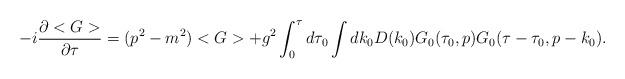
LaTeX: \begin{align*}-i \frac{\partial <G>}{\partial \tau} = (p^2 -m^2) <G> + g^2 \int_0^\tau d \tau_0 \int dk_0 D(k_0) G_0(\tau_0,p) G_0(\tau-\tau_0,p-k_0).\end{align*}